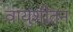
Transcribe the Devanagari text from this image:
वायुशीतन